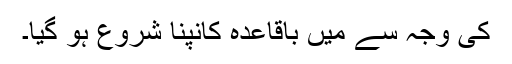
کی وجہ سے میں باقاعدہ کانپنا شروع ہو گیا۔